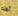
أهله